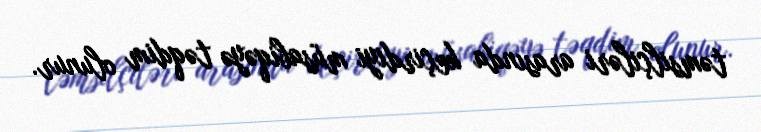
təmsilçiləri arasında keçirdiyi müsabiqəyə təqdim olunur.